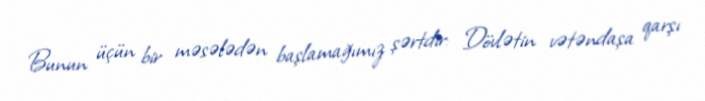
Bunun üçün bir məsələdən başlamağımız şərtdir: Dövlətin vətəndaşa qarşı